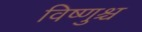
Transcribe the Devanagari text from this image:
विष्णुश्च